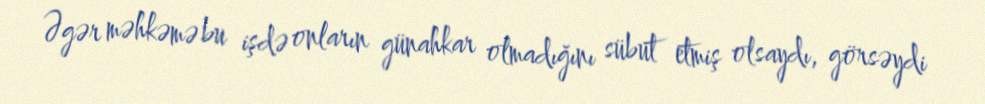
Əgər məhkəmə bu işdə onların günahkar olmadığını sübut etmiş olsaydı, görsəydi